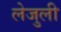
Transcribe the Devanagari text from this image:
लेजुली